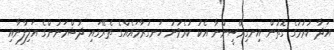
އަދާ ކުރުމުގެ ގޮތުން އިނގިރޭސީންނާ އެކު ކުރެވުނު ހަނގުރާމައެއްގެ ތެރޭގައި ދުޝްމަނުންގެ އަލިފާނާއި